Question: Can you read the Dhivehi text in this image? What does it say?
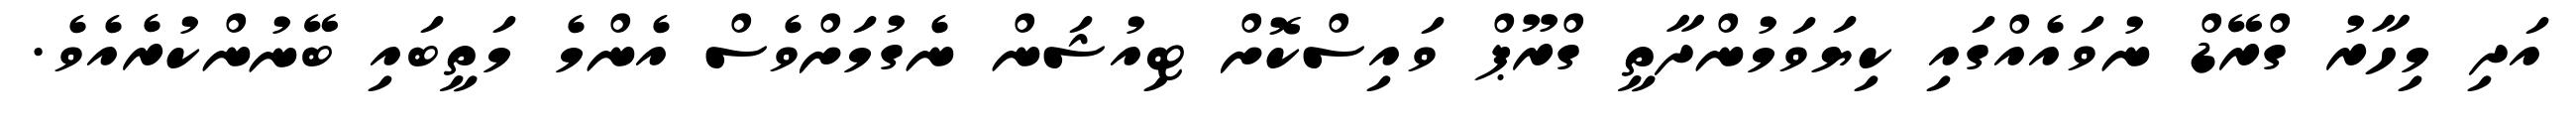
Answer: އަދި މިހާރު ގްރޭޑް ނުވައެއްގައި ކިޔަވަމުންދާތީ ގްރޫޕް ވައިސްކޮށް ޓިއުޝަން ނެގުމަށްވެސް އެންމެ މަތީބައި ބޭނުންކުރެއެވެ.